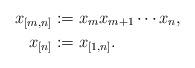
LaTeX: \begin{align*}x_{[m,n]} &:= x_mx_{m+1}\cdots x_n ,\\x_{[n]} &:= x_{[1,n]}.\end{align*}